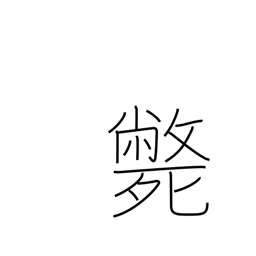
Meaning: die violent death